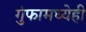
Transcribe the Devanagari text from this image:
गुंफामध्येही